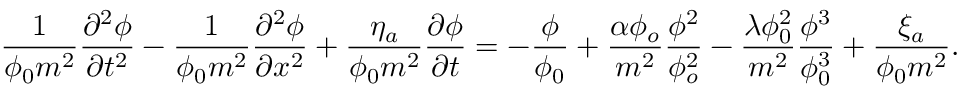
\frac { 1 } { \phi _ { 0 } m ^ { 2 } } \frac { \partial ^ { 2 } \phi } { \partial t ^ { 2 } } - \frac { 1 } { \phi _ { 0 } m ^ { 2 } } \frac { \partial ^ { 2 } \phi } { \partial x ^ { 2 } } + \frac { \eta _ { a } } { \phi _ { 0 } m ^ { 2 } } \frac { \partial \phi } { \partial t } = - \frac { \phi } { \phi _ { 0 } } + \frac { \alpha \phi _ { o } } { m ^ { 2 } } \frac { \phi ^ { 2 } } { \phi _ { o } ^ { 2 } } - \frac { \lambda \phi _ { 0 } ^ { 2 } } { m ^ { 2 } } \frac { \phi ^ { 3 } } { \phi _ { 0 } ^ { 3 } } + \frac { \xi _ { a } } { \phi _ { 0 } m ^ { 2 } } .